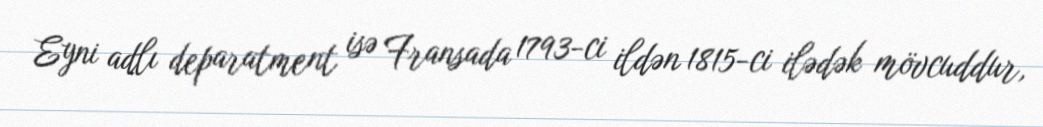
Eyni adlı deparatment isə Fransada 1793-ci ildən 1815-ci ilədək mövcuddur,